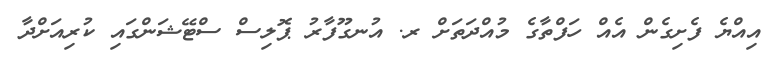
އިއްޔެ ފެށިގެން އެއް ހަފްތާގެ މުއްދަތަށް ރ. އުނގޫފާރު ޕޮލިސް ސްޓޭޝަންގައި ކުރިއަށްދާ